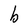
Character: b